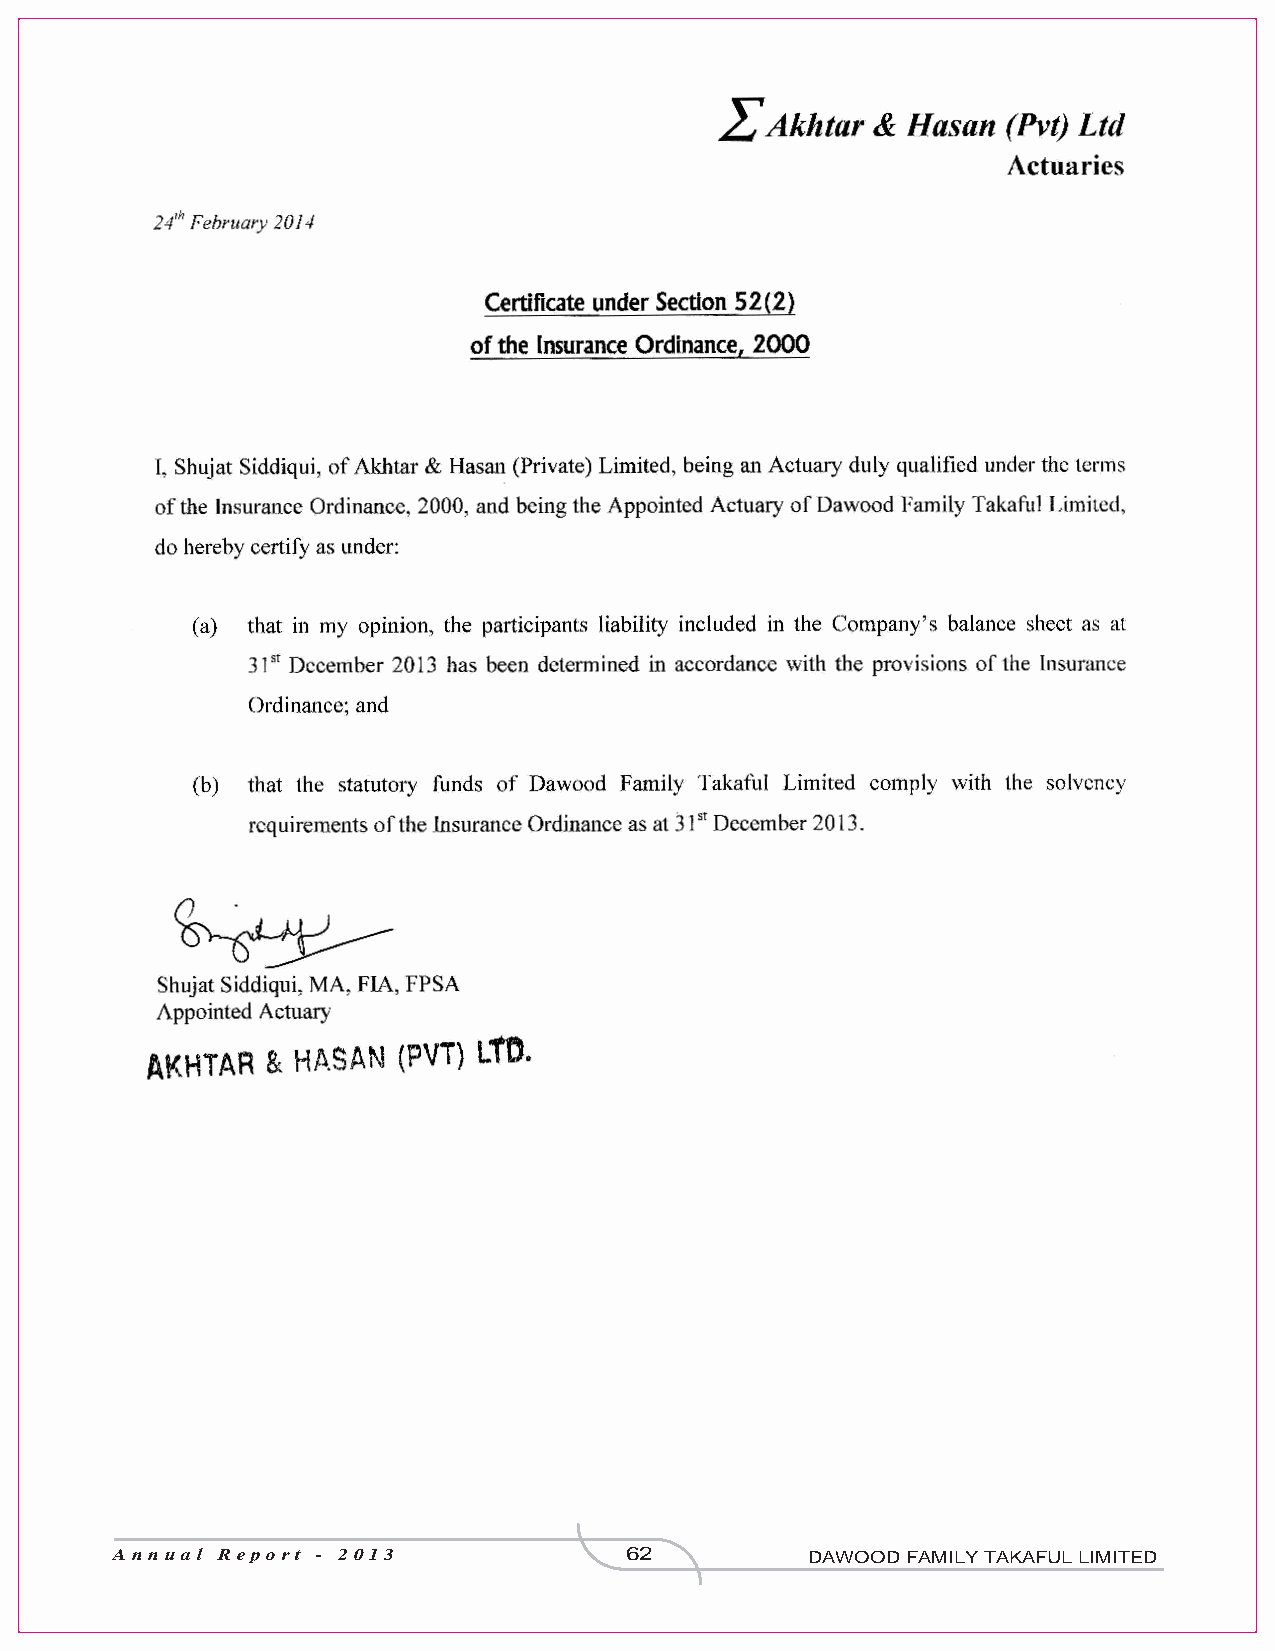
Annual Report - 2013              62           DAWOOD FAMILY TAKAFUL LIMITED